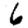
Digit: 6